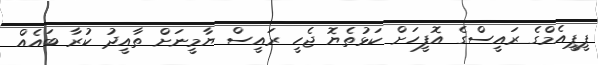
ޕީޕީއެމްގެ ރައީސްގެ އޮފީހަށް ކަޅުތެޔޮ ޖެހީ ރައީސް ޔާމީނަށް ތާއީދު ކުރާ ބައެއް